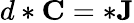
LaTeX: d*\mathbf{C}=*\mathbf{J}